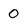
Character: 0